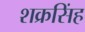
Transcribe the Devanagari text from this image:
शक्रसिंह